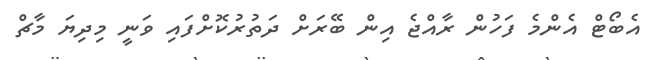
އެބޯޓް އެންމެ ފަހުން ރާއްޖެ އިން ބޭރަށް ދަތުރުކޮށްފައި ވަނީ މިދިޔަ މާޗް